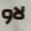
لاو